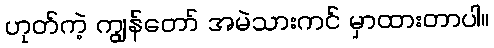
ဟုတ်ကဲ့ ကျွန်တော် အမဲသားကင် မှာထားတာပါ။